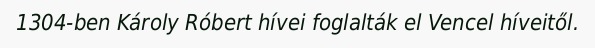
1304-ben Károly Róbert hívei foglalták el Vencel híveitől.